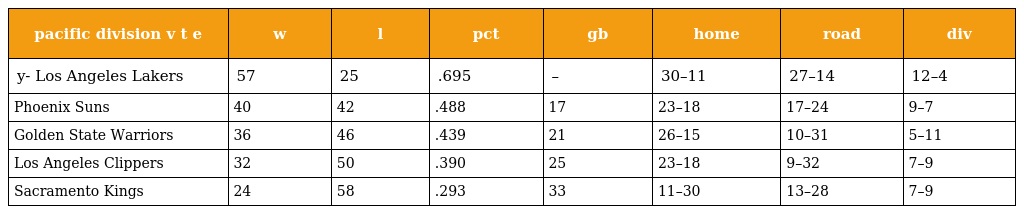
| pacific division v t e | w | l | pct | gb | home | road | div |
 | --- | --- | --- | --- | --- | --- | --- | --- |
 | y- Los Angeles Lakers | 57 | 25 | .695 | – | 30–11 | 27–14 | 12–4 |
 | Phoenix Suns | 40 | 42 | .488 | 17 | 23–18 | 17–24 | 9–7 |
 | Golden State Warriors | 36 | 46 | .439 | 21 | 26–15 | 10–31 | 5–11 |
 | Los Angeles Clippers | 32 | 50 | .390 | 25 | 23–18 | 9–32 | 7–9 |
 | Sacramento Kings | 24 | 58 | .293 | 33 | 11–30 | 13–28 | 7–9 |